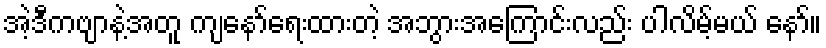
အဲ့ဒီကဗျာနဲ့အတူ ကျနော်ရေးထားတဲ့ အဘွားအကြောင်းလည်း ပါလိမ့်မယ် နော်။